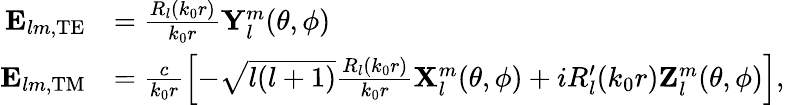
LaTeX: \begin{array}{rl}{\mathbf{E}_{lm,\mathrm{TE}}}&{=\frac{R_{l}(k_{0}r)}{k_{0}r}\mathbf{Y}_{l}^{m}(\theta,\phi)}\\ {\mathbf{E}_{lm,\mathrm{TM}}}&{=\frac{c}{k_{0}r}\left[-\sqrt{l(l+1)}\frac{R_{l}(k_{0}r)}{k_{0}r}\mathbf{X}_{l}^{m}(\theta,\phi)+iR_{l}^{\prime}(k_{0}r)\mathbf{Z}_{l}^{m}(\theta,\phi)\right],}\end{array}